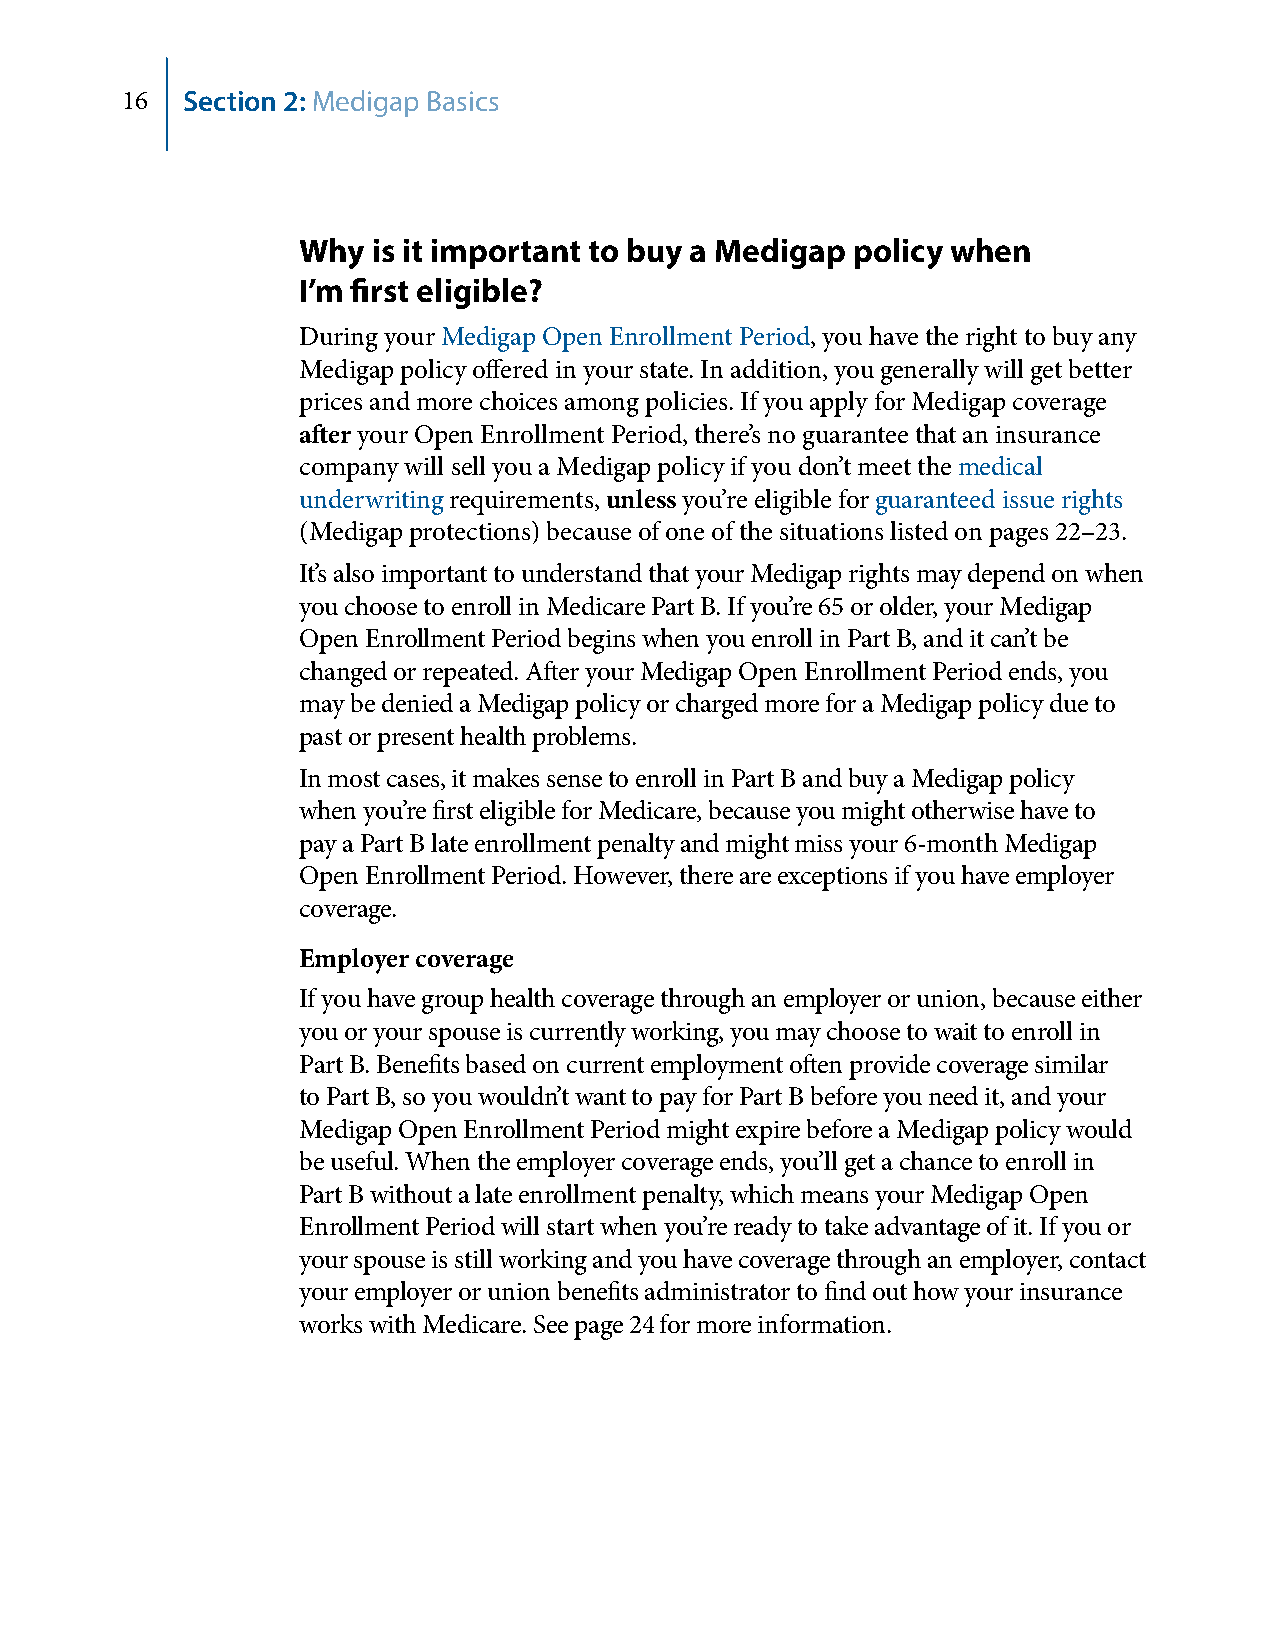
16  Section 2: Medigap Basics
 Why  is it important to buy a Medigap policy when
 I’m first eligible?
 During your Medigap Open Enrollment Period, you have the right to buy any
 Medigap policy offered in your state. In addition, you generally will get better
 prices and more choices among policies. If you apply for Medigap coverage
 after your Open Enrollment Period, there’s no guarantee that an insurance
 company will sell you a Medigap policy if you don’t meet the medical
 underwriting requirements, unless you’re eligible for guaranteed issue rights
 (Medigap protections) because of one of the situations listed on pages 22–23.
 It’s also important to understand that your Medigap rights may depend on when
 you choose to enroll in Medicare Part B. If you’re 65 or older, your Medigap
 Open Enrollment Period begins when you enroll in Part B, and it can’t be
 changed or repeated. After your Medigap Open Enrollment Period ends, you
 may be denied a Medigap policy or charged more for a Medigap policy due to
 past or present health problems.
 In most cases, it makes sense to enroll in Part B and buy a Medigap policy
 when you’re first eligible for Medicare, because you might otherwise have to
 pay a Part B late enrollment penalty and might miss your 6‑month Medigap
 Open Enrollment Period. However, there are exceptions if you have employer
 coverage.
 Employer coverage
 If you have group health coverage through an employer or union, because either
 you or your spouse is currently working, you may choose to wait to enroll in
 Part B. Benefits based on current employment often provide coverage similar
 to Part B, so you wouldn’t want to pay for Part B before you need it, and your
 Medigap Open Enrollment Period might expire before a Medigap policy would
 be useful. When the employer coverage ends, you’ll get a chance to enroll in
 Part B without a late enrollment penalty, which means your Medigap Open
 Enrollment Period will start when you’re ready to take advantage of it. If you or
 your spouse is still working and you have coverage through an employer, contact
 your employer or union benefits administrator to find out how your insurance
 works with Medicare. See page 24 for more information.